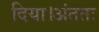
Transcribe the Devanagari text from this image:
दिया।अंततः